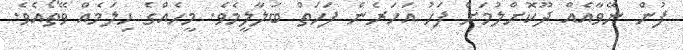
ފުން ނޭވާއެއް ދޫކޮށްލުމަށް ފަހު އަހަރެން ފަހަތް ބަލާލީމެވެ. މީހެއްގެ ހިލަމެއް ވޭތޯއެވެ.